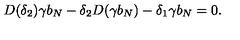
D ( \delta _ { 2 } ) \gamma b _ { N } - \delta _ { 2 } D ( \gamma b _ { N } ) - \delta _ { 1 } \gamma b _ { N } = 0 .